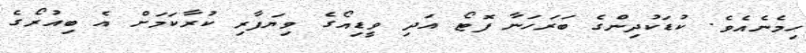
ހިމެނެއެވެ. ކުޑަކުދިންގެ ބަރަހަނާ ފޮޓޯ އަދި ވީޑިއޯގެ ވިޔަފާރި ކުރާކަމަށް އެ ބިއުރޯގެ